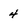
Character: 4